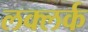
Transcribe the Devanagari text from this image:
लक्लर्क